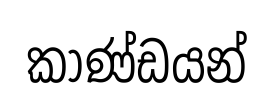
කාණ්ඩයන්